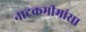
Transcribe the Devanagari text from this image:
नाटकमीमांसा